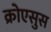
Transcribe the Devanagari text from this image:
क्रोएसुस